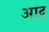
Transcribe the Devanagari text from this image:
आद्